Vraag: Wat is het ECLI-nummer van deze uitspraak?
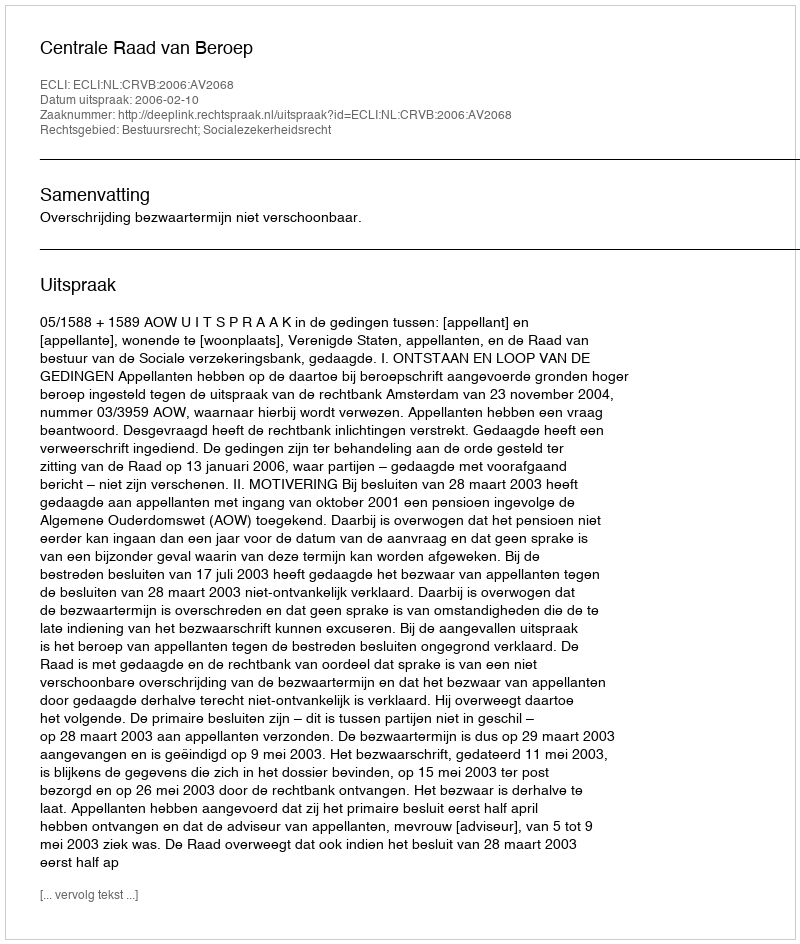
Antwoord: ECLI:NL:CRVB:2006:AV2068